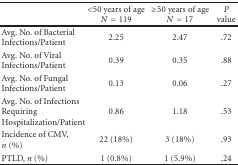
<table><thead><tr><td></td><td><b>&lt;50 years of age<i>N</i> = 119</b></td><td><b>≥50 years of age<i>N</i> = 17</b></td><td><b><i>P</i> value</b></td></tr></thead><tbody><tr><td>Avg. No. of Bacterial Infections/Patient</td><td>2.25</td><td>2.47</td><td>.72</td></tr><tr><td>Avg. No. of Viral Infections/Patient</td><td>0.39</td><td>0.35</td><td>.88</td></tr><tr><td>Avg. No. of Fungal Infections/Patient</td><td>0.13</td><td>0.06</td><td>.27</td></tr><tr><td>Avg. No. of Infections Requiring Hospitalization/Patient</td><td>0.86</td><td>1.18</td><td>.53</td></tr><tr><td>Incidence of CMV,<i>n</i> (%)</td><td>22 (18%)</td><td>3 (18%)</td><td>.93</td></tr><tr><td>PTLD, <i>n</i> (%)</td><td>1 (0.8%)</td><td>1 (5.9%)</td><td>.24</td></tr></tbody></table>